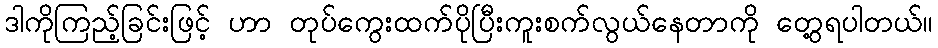
ဒါကိုကြည့်ခြင်းဖြင့် ဟာ တုပ်ကွေးထက်ပိုပြီးကူးစက်လွယ်နေတာကို တွေ့ရပါတယ်။